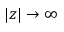
| z | \to \infty